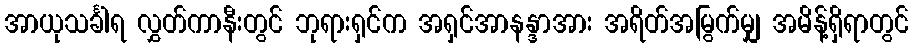
အာယုသင်္ခါရ လွှတ်ကာနီးတွင် ဘုရားရှင်က အရှင်အာနန္ဒာအား အရိတ်အမြွက်မျှ အမိန့်ရှိရာတွင်